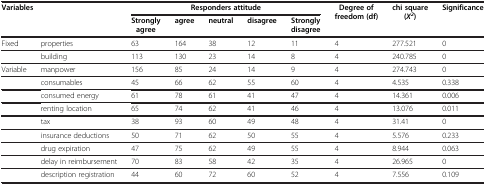
<table><thead><tr><td rowspan="2" colspan="2"><b>Variables</b></td><td colspan="5"><b>Responders attitude</b></td><td rowspan="2"><b>Degree of freedom (df)</b></td><td rowspan="2"><b>chi square (<i>X</i><sup><i>2</i></sup>)</b></td><td rowspan="2"><b>Significance</b></td></tr><tr><td><b>Strongly agree</b></td><td><b>agree</b></td><td><b>neutral</b></td><td><b>disagree</b></td><td><b>Strongly disagree</b></td></tr></thead><tbody><tr><td>Fixed</td><td>properties</td><td>63</td><td>164</td><td>38</td><td>12</td><td>11</td><td>4</td><td>277.521</td><td>0</td></tr><tr><td> </td><td>building</td><td>113</td><td>130</td><td>23</td><td>14</td><td>8</td><td>4</td><td>240.785</td><td>0</td></tr><tr><td>Variable</td><td>manpower</td><td>156</td><td>85</td><td>24</td><td>14</td><td>9</td><td>4</td><td>274.743</td><td>0</td></tr><tr><td> </td><td>consumables</td><td>45</td><td>66</td><td>62</td><td>55</td><td>60</td><td>4</td><td>4.535</td><td>0.338</td></tr><tr><td> </td><td>consumed energy</td><td>61</td><td>78</td><td>61</td><td>41</td><td>47</td><td>4</td><td>14.361</td><td>0.006</td></tr><tr><td> </td><td>renting location</td><td>65</td><td>74</td><td>62</td><td>41</td><td>46</td><td>4</td><td>13.076</td><td>0.011</td></tr><tr><td> </td><td>tax</td><td>38</td><td>93</td><td>60</td><td>49</td><td>48</td><td>4</td><td>31.41</td><td>0</td></tr><tr><td> </td><td>insurance deductions</td><td>50</td><td>71</td><td>62</td><td>50</td><td>55</td><td>4</td><td>5.576</td><td>0.233</td></tr><tr><td> </td><td>drug expiration</td><td>47</td><td>75</td><td>62</td><td>49</td><td>55</td><td>4</td><td>8.944</td><td>0.063</td></tr><tr><td> </td><td>delay in reimbursement</td><td>70</td><td>83</td><td>58</td><td>42</td><td>35</td><td>4</td><td>26.965</td><td>0</td></tr><tr><td> </td><td>description registration</td><td>44</td><td>60</td><td>72</td><td>60</td><td>52</td><td>4</td><td>7.556</td><td>0.109</td></tr></tbody></table>